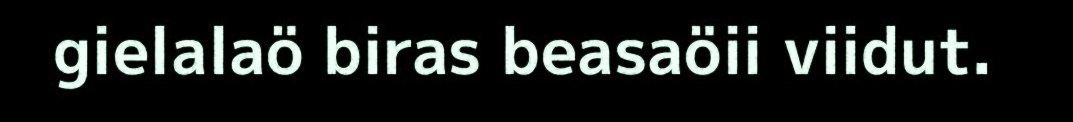
gielalaö biras beasaöii viidut.